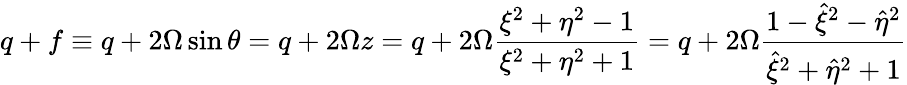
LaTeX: q+f\equiv q+2\Omega\sin\theta=q+2\Omega z=q+2\Omega\frac{\xi^{2}+\eta^{2}-1}{\xi^{2}+\eta^{2}+1}=q+2\Omega\frac{1-\hat{\xi}^{2}-\hat{\eta}^{2}}{\hat{\xi}^{2}+\hat{\eta}^{2}+1}